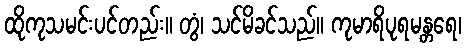
ထိုကုသမင်းပင်တည်း။ တွံ၊ သင်မိခင်သည်။ ကုမာရိပုရမန္တရေ၊